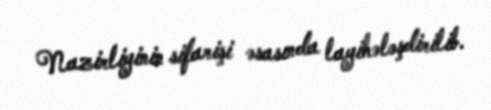
Nazirliyinin sifarişi əsasında layihələşdirilib.